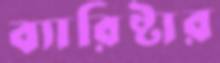
ব্যারিষ্টার